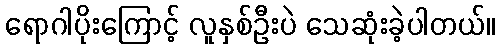
ရောဂါပိုးကြောင့် လူနှစ်ဦးပဲ သေဆုံးခဲ့ပါတယ်။